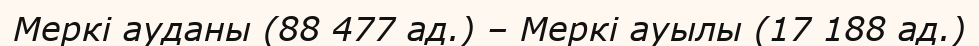
Меркі ауданы (88 477 ад.) – Меркі ауылы (17 188 ад.)